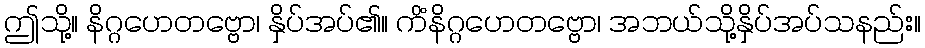
ဤသို့။ နိဂ္ဂဟေတဗ္ဗော၊ နှိပ်အပ်၏။ ကိံနိဂ္ဂဟေတဗ္ဗော၊ အဘယ်သို့နှိပ်အပ်သနည်း။